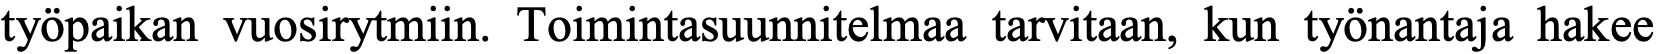
työpaikan vuosirytmiin. Toimintasuunnitelmaa tarvitaan, kun työnantaja hakee